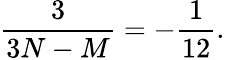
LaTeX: \frac{3}{3N-M}=-\frac{1}{12}.